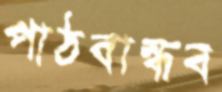
পাঠবান্ধব